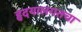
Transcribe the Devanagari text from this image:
हृदयालगतचा